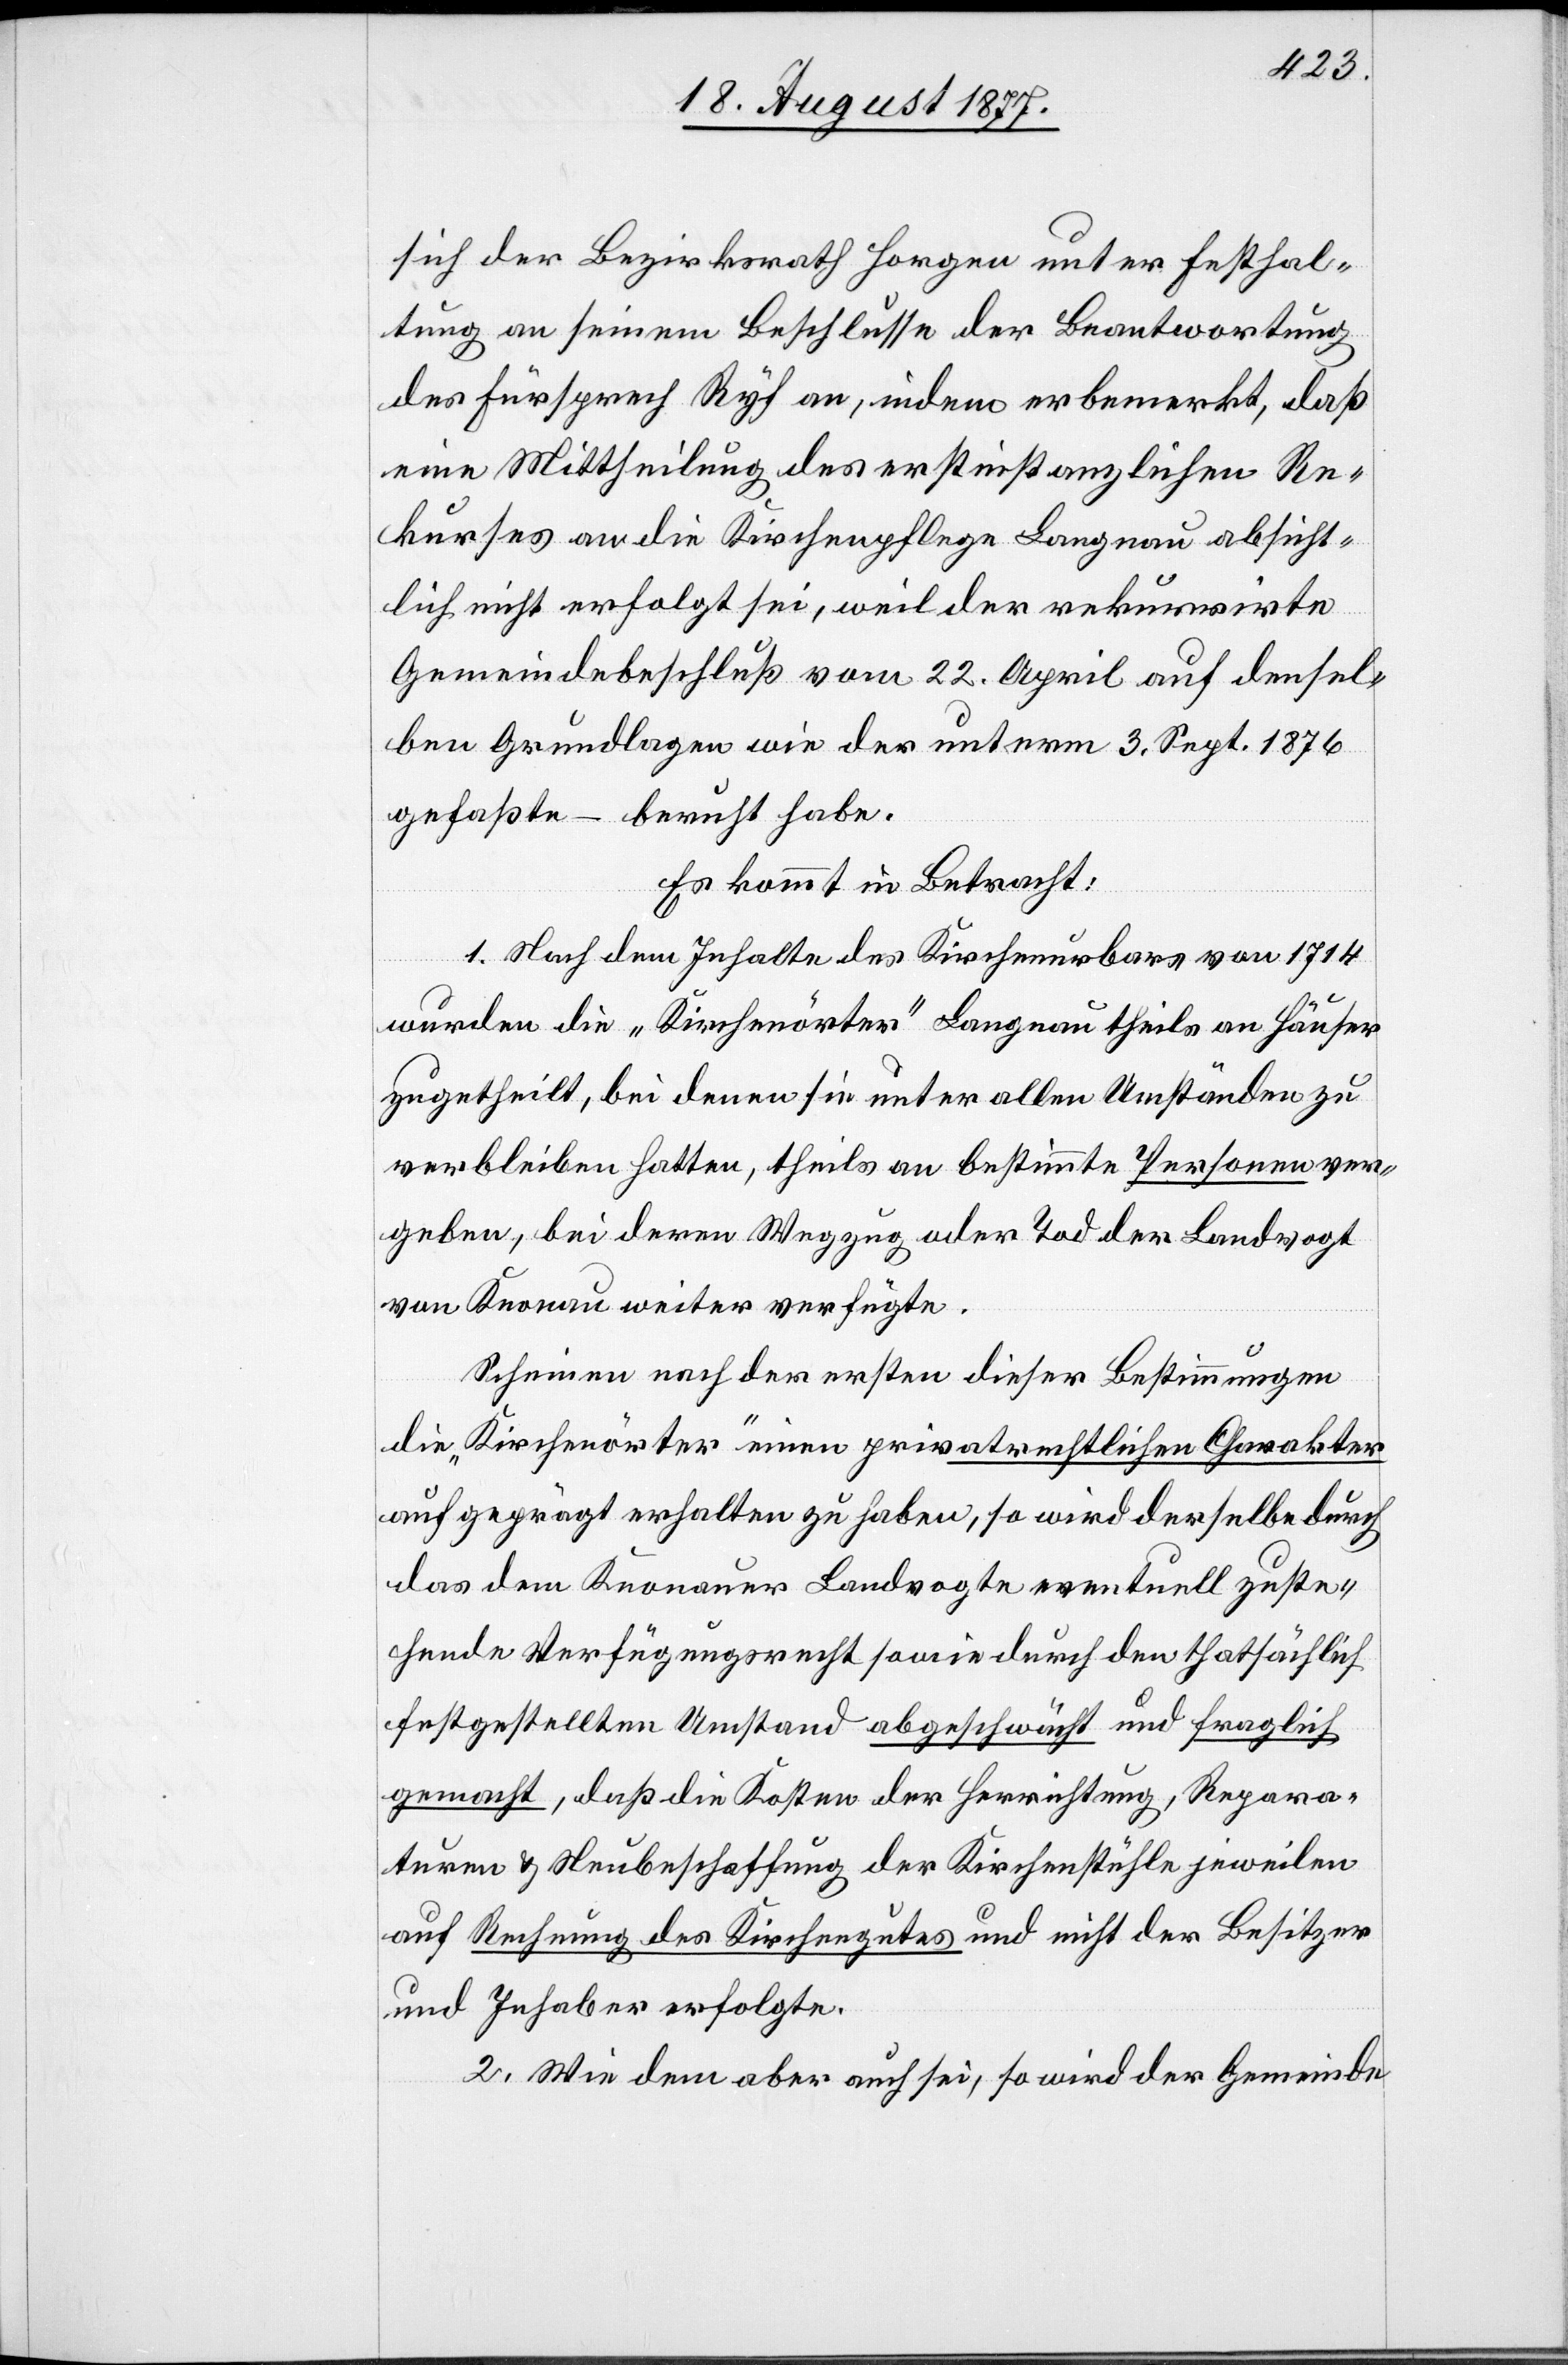
sich der Bezirksrath Horgen unter Festhal¬
tung an seinem Beschlusse der Beantwortung
des Fürsprech Ryf an, indem er bemerkt, daß
eine Mittheilung des erstinstanzlichen Re¬
kurses an die Kirchenpflege Langnau absicht¬
lich nicht erfolgt sei, weil der rekurrirte
Gemeindebeschluß vom 22. April auf densel¬
ben Grundlagen wie der unterm 3. Sept. 1876
gefaßte – beruht habe.
Es kommt in Betracht:
1. Nach dem Inhalte des Kirchenurbars von 1714
wurden die „Kirchenörter“ Langnau theils an Häuser
zugetheilt, bei denen sie unter allen Umständen zu
verbleiben hatten, theils an bestimmte Personen ver¬
geben, bei deren Wegzug oder Tod der Landvogt
von Knonau weiter verfügte.
Scheinen nach der ersten dieser Bestimmungen
die „Kirchenörter“ einen privatrechtlichen Charakter
aufgeprägt erhalten zu haben, so wird derselbe durch
das dem Knonauer Landvogte eventuell zuste¬
hende Verfügungsrecht sowie durch den thatsächlich
festgestellten Umstand abgeschwächt und fraglich
gemacht, daß die Kosten der Herrichtung, Repara¬
turen & Neubeschaffung der Kirchenstühle jeweilen
auf Rechnung des Kirchengutes und nicht der Besitzer
und Inhaber erfolgte.
2. Wie dem aber auch sei, so wird der Gemeinde